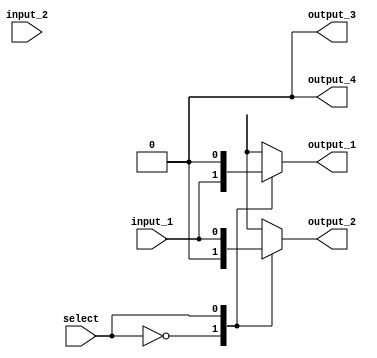
module demux2to4(
    input wire input_1,
    input wire input_2,
    input wire select,
    output reg output_1,
    output reg output_2,
    output reg output_3,
    output reg output_4
);

always @*
begin
    case(select)
        2'b00: begin
            output_1 = input_1;
            output_2 = 1'b0;
            output_3 = 1'b0;
            output_4 = 1'b0;
        end
        2'b01: begin
            output_1 = 1'b0;
            output_2 = input_1;
            output_3 = 1'b0;
            output_4 = 1'b0;
        end
        2'b10: begin
            output_1 = 1'b0;
            output_2 = 1'b0;
            output_3 = input_1;
            output_4 = 1'b0;
        end
        2'b11: begin
            output_1 = 1'b0;
            output_2 = 1'b0;
            output_3 = 1'b0;
            output_4 = input_1;
        end
    endcase
end

endmodule